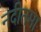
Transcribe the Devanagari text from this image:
नदीतमा